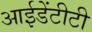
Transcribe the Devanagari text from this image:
आईडेंटीटी